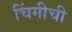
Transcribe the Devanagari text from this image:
चिंगीची